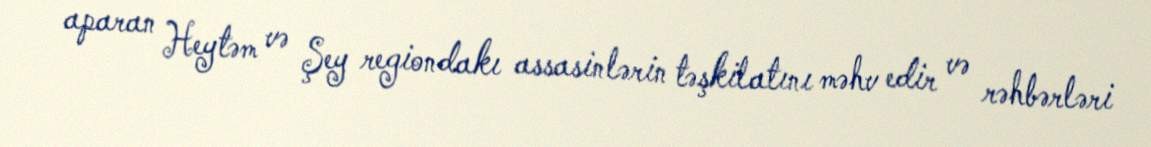
aparan Heytəm və Şey regiondakı assasinlərin təşkilatını məhv edir və rəhbərləri